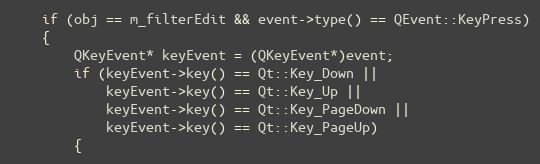
Language: C++
	if (obj == m_filterEdit && event->type() == QEvent::KeyPress)
	{
		QKeyEvent* keyEvent = (QKeyEvent*)event;
		if (keyEvent->key() == Qt::Key_Down ||
		    keyEvent->key() == Qt::Key_Up ||
		    keyEvent->key() == Qt::Key_PageDown ||
		    keyEvent->key() == Qt::Key_PageUp)
		{